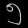
Digit: ၅